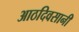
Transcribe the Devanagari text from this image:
आठदिवसानी